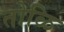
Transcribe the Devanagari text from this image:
तोळि